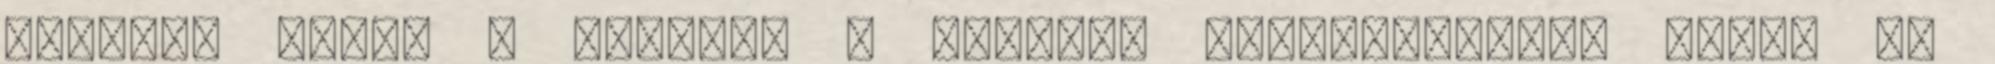
törölni kell. 7 Fennáll a törlési kötelezettség abban az